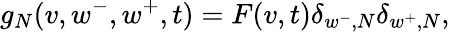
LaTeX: g_{N}(v,w^{-},w^{+},t)=F(v,t)\delta_{w^{-},N}\delta_{w^{+},N},